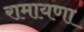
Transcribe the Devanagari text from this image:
रामायणा